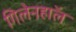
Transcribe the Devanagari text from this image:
गिलेनहाॅल